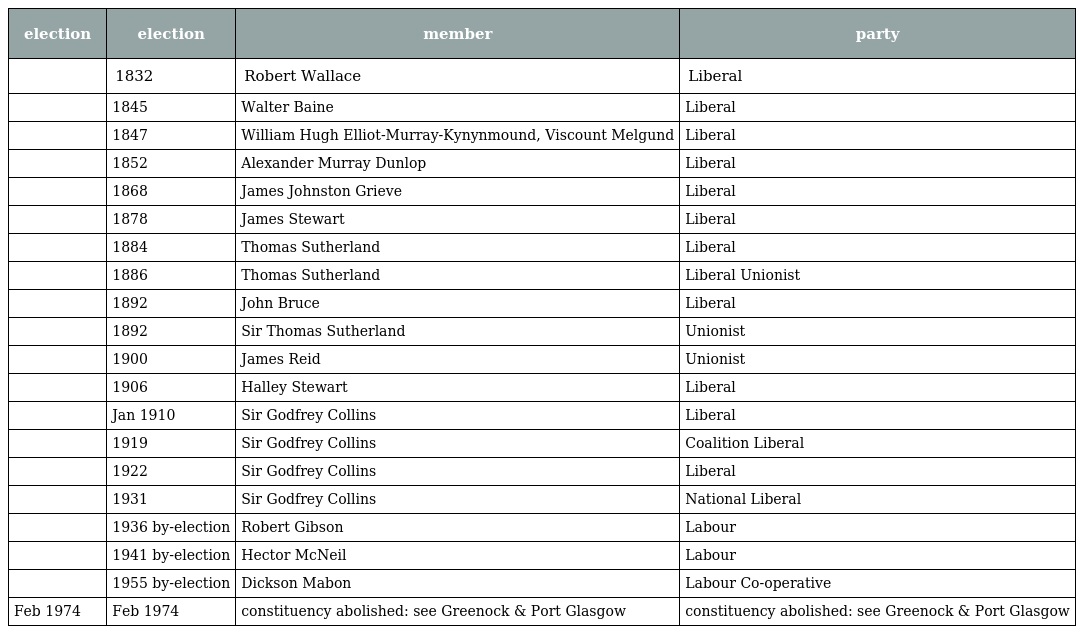
| election | election | member | party |
 | --- | --- | --- | --- |
 |  | 1832 | Robert Wallace | Liberal |
 |  | 1845 | Walter Baine | Liberal |
 |  | 1847 | William Hugh Elliot-Murray-Kynynmound, Viscount Melgund | Liberal |
 |  | 1852 | Alexander Murray Dunlop | Liberal |
 |  | 1868 | James Johnston Grieve | Liberal |
 |  | 1878 | James Stewart | Liberal |
 |  | 1884 | Thomas Sutherland | Liberal |
 |  | 1886 | Thomas Sutherland | Liberal Unionist |
 |  | 1892 | John Bruce | Liberal |
 |  | 1892 | Sir Thomas Sutherland | Unionist |
 |  | 1900 | James Reid | Unionist |
 |  | 1906 | Halley Stewart | Liberal |
 |  | Jan 1910 | Sir Godfrey Collins | Liberal |
 |  | 1919 | Sir Godfrey Collins | Coalition Liberal |
 |  | 1922 | Sir Godfrey Collins | Liberal |
 |  | 1931 | Sir Godfrey Collins | National Liberal |
 |  | 1936 by-election | Robert Gibson | Labour |
 |  | 1941 by-election | Hector McNeil | Labour |
 |  | 1955 by-election | Dickson Mabon | Labour Co-operative |
 | Feb 1974 | Feb 1974 | constituency abolished: see Greenock & Port Glasgow | constituency abolished: see Greenock & Port Glasgow |